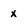
Character: X